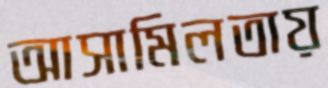
আসামিলতায়